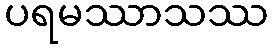
ပရမဿာသဿ